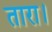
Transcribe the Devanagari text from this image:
तारा।